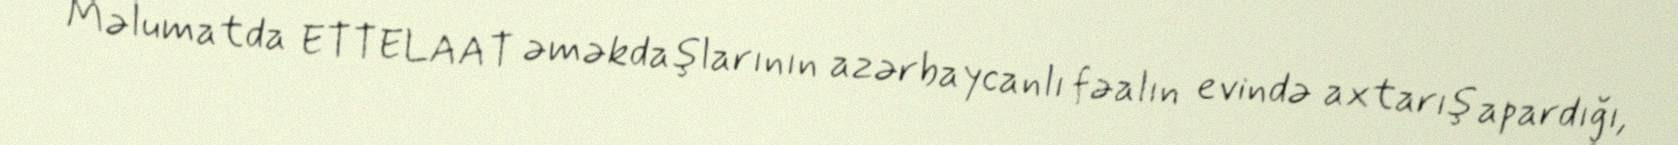
Məlumatda ETTELAAT əməkdaşlarının azərbaycanlı fəalın evində axtarış apardığı,